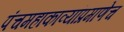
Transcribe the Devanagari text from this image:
पंचमहाकाव्यांप्रमाणेच